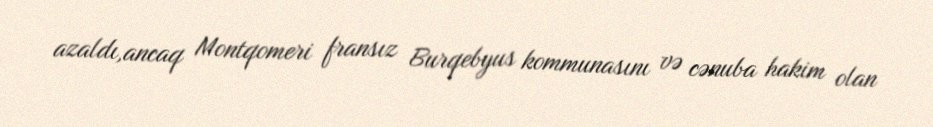
azaldı,ancaq Montqomeri fransız Burqebyus kommunasını və cənuba hakim olan